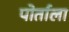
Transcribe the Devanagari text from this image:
पोर्ताला